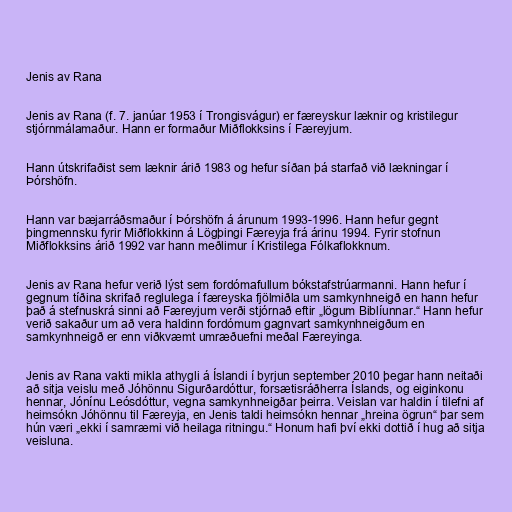
Jenis av Rana

Jenis av Rana (f. 7. janúar 1953 í Trongisvágur) er færeyskur læknir og kristilegur
stjórnmálamaður. Hann er formaður Miðflokksins í Færeyjum.

Hann útskrifaðist sem læknir árið 1983 og hefur síðan þá starfað við lækningar í
Þórshöfn.

Hann var bæjarráðsmaður í Þórshöfn á árunum 1993-1996. Hann hefur gegnt
þingmennsku fyrir Miðflokkinn á Lögþingi Færeyja frá árinu 1994. Fyrir stofnun
Miðflokksins árið 1992 var hann meðlimur í Kristilega Fólkaflokknum.

Jenis av Rana hefur verið lýst sem fordómafullum bókstafstrúarmanni. Hann hefur í
gegnum tíðina skrifað reglulega í færeyska fjölmiðla um samkynhneigð en hann hefur
það á stefnuskrá sinni að Færeyjum verði stjórnað eftir „lögum Biblíunnar.“ Hann hefur
verið sakaður um að vera haldinn fordómum gagnvart samkynhneigðum en
samkynhneigð er enn viðkvæmt umræðuefni meðal Færeyinga.

Jenis av Rana vakti mikla athygli á Íslandi í byrjun september 2010 þegar hann neitaði
að sitja veislu með Jóhönnu Sigurðardóttur, forsætisráðherra Íslands, og eiginkonu
hennar, Jónínu Leósdóttur, vegna samkynhneigðar þeirra. Veislan var haldin í tilefni af
heimsókn Jóhönnu til Færeyja, en Jenis taldi heimsókn hennar „hreina ögrun“ þar sem
hún væri „ekki í samræmi við heilaga ritningu.“ Honum hafi því ekki dottið í hug að sitja
veisluna.